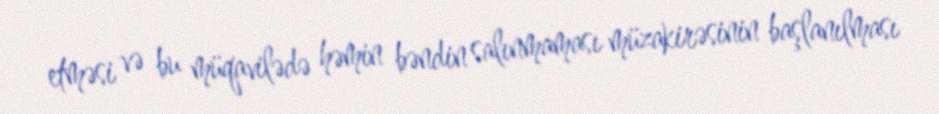
etməsi və bu müqavilədə həmin bəndin salınmaması müzakirəsinin başlanılması